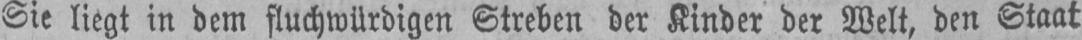
Sie liegt in dem fluchwürdigen Streben der Kinder der Welt, den Staat